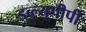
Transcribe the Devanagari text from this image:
डब्ल्यूपीपी